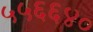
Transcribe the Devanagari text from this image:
५५६६४०